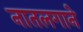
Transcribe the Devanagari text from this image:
नातलगाने